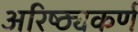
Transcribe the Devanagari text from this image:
अरिष्ठ्यकर्ण